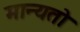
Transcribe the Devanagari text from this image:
मान्यतो